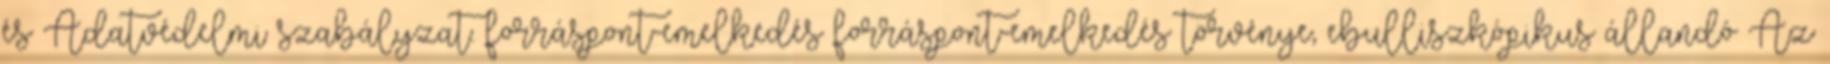
és Adatvédelmi szabályzat. forráspont-emelkedés forráspont-emelkedés törvénye, ebulliszkópikus állandó Az